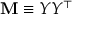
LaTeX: \mathbf { M } \equiv Y Y ^ { \top }